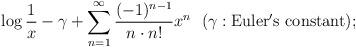
LaTeX: \begin{align*}\log \frac{1}{x}-\gamma+\sum_{n=1}^{\infty} \frac{(-1)^{n-1}}{n\cdot n!}x^{n}\ \ (\gamma: \rm{Euler's\ constant});\end{align*}